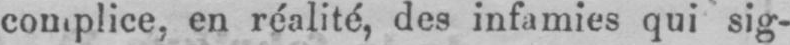
complice, en réalité, des infamies qui sig-